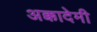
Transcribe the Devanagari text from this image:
अक्कादेमी